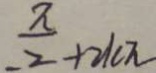
\frac { \pi } { 2 } + 2 k \pi